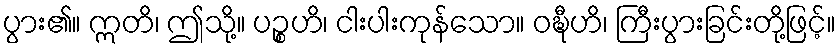
ပွား၏။ ဣတိ၊ ဤသို့။ ပဉ္စဟိ၊ ငါးပါးကုန်သော။ ဝဍ္ဎီဟိ၊ ကြီးပွားခြင်းတို့ဖြင့်။